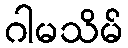
ဂါမသိမ်